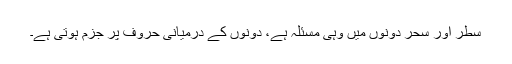
سطر اور سحر دونوں میں وہی مسئلہ ہے، دونوں کے درمیانی حروف پر جزم ہوتی ہے۔